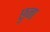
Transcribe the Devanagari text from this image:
छुना